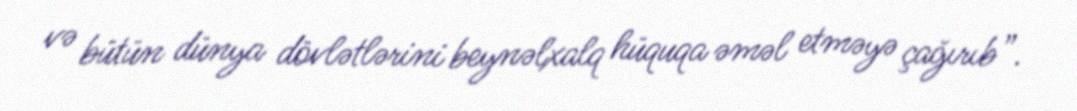
və bütün dünya dövlətlərini beynəlxalq hüquqa əməl etməyə çağırıb”.